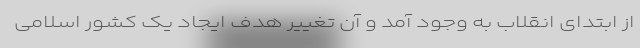
از ابتدای انقلاب به وجود آمد و آن تغییر هدف ایجاد یک‌ کشور اسلامی